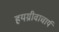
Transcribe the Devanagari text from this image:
हयग्रीवाचार्य